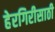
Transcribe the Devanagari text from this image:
हेरगिरीसाठी